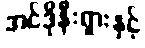
အင်ဒိုနီးရှားနှင့်